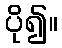
ပို၍။